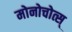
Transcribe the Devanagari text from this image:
मोनोचोत्स्